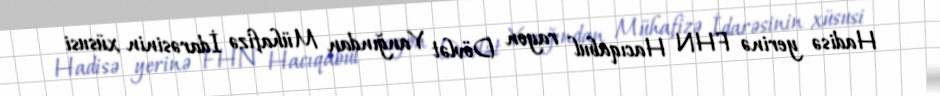
Hadisə yerinə FHN Hacıqabul rayon Dövlət Yanğından Mühafizə İdarəsinin xüsusi